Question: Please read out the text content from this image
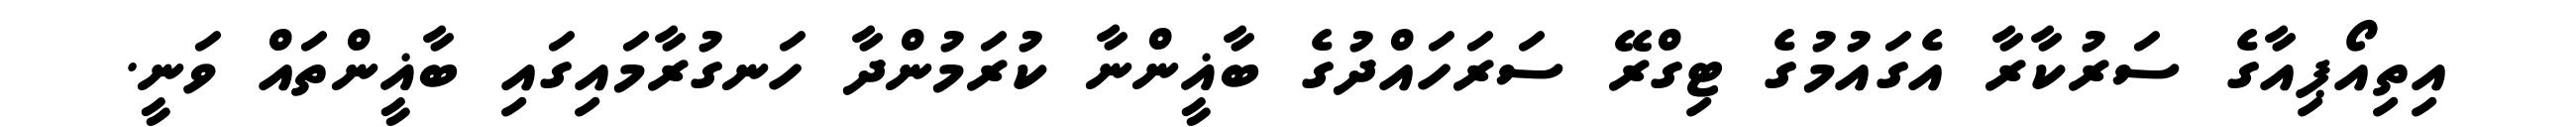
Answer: އިތިއޯޕިއާގެ ސަރުކާރާ އެގައުމުގެ ޓިގްރޭ ސަރަހައްދުގެ ބާޣީންނާ ކުރަމުންދާ ހަނގުރާމައިގައި ބާޣީންތައް ވަނީ.